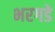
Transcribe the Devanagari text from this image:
भरगडे